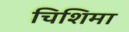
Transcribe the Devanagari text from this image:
चिशिमा